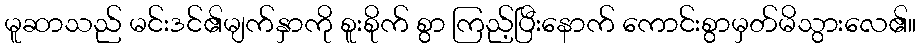
မူဆာသည် မင်းဒင်၏မျက်နှာကို စူးစိုက် စွာ ကြည့်ပြီးနောက် ကောင်းစွာမှတ်မိသွားလေ၏။